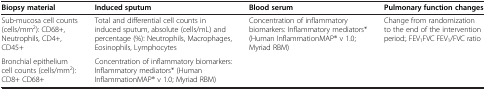
<table><thead><tr><td><b>Biopsy material</b></td><td><b>Induced sputum</b></td><td><b>Blood serum</b></td><td><b>Pulmonary function changes</b></td></tr></thead><tbody><tr><td>Sub-mucosa cell counts (cells/mm<sup>2</sup>): CD68+, Neutrophils, CD4+, CD45+</td><td>Total and differential cell counts in induced sputum, absolute (cells/mL) and percentage (%): Neutrophils, Macrophages, Eosinophils, Lymphocytes</td><td>Concentration of inflammatory biomarkers: Inflammatory mediators* (Human InflammationMAP® v 1.0; Myriad RBM)</td><td>Change from randomization to the end of the intervention period:, FEV<sub>1</sub>FVC FEV<sub>1</sub>/FVC ratio</td></tr><tr><td>Bronchial epithelium cell counts (cells/mm<sup>2</sup>): CD8+ CD68+</td><td>Concentration of inflammatory biomarkers: Inflammatory mediators* (Human InflammationMAP® v 1.0; Myriad RBM)</td><td> </td><td> </td></tr></tbody></table>